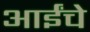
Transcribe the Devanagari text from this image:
आईंचे